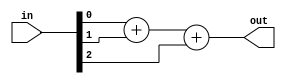
/*A "population count" circuit counts the number of '1's in an input vector. Build a population count circuit for a 3-bit input vector.*/

module top_module( 
    input [2:0] in,
    output [1:0] out );
    assign out[1:0]= in[0]+in[1]+in[2];
endmodule